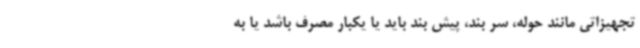
تجهیزاتی مانند حوله، سر بند، پیش بند باید یا یکبار مصرف باشد یا به